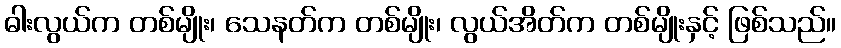
ဓါးလွယ်က တစ်မျိုး၊ သေနတ်က တစ်မျိုး၊ လွယ်အိတ်က တစ်မျိုးနှင့် ဖြစ်သည်။